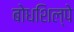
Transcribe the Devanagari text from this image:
बोधशिल्पे